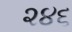
૨૪૬